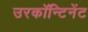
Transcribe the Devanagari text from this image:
उरकॉन्टिनेंट